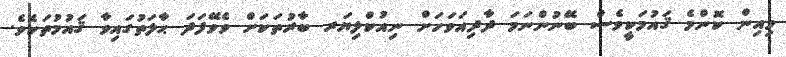
މިއިން ކޮންމެ ޤައުމަކީވެސް ބޭނުންނަމަ ދާދިއަވަހަށް ނިއުކްލިޔަރ ބާރުތަކަށް ވެވޭފަދަ ޙާލަތުގައިވާ ޤައުމުތަކެވެ.